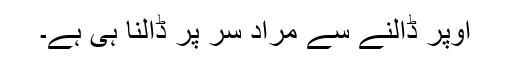
اوپر ڈالنے سے مراد سر پر ڈالنا ہی ہے۔